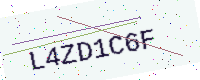
Text: L4ZD1C6F